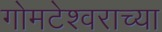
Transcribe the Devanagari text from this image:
गोमटेश्‍वराच्या